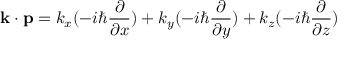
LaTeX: \mathbf { k } \cdot \mathbf { p } = k _ { x } ( - i \hbar { \frac { \partial } { \partial x } } ) + k _ { y } ( - i \hbar { \frac { \partial } { \partial y } } ) + k _ { z } ( - i \hbar { \frac { \partial } { \partial z } } )